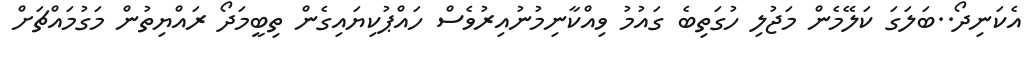
އެކަނިދޯ..ބަލަގަ ކަލޭމެން މަޖުލި ހުގަތިބެ ގައުމު ވިއްކާނިމުނުއިރުވެސް ހައްޕުކިޔައިގެން ތިބީމަދޯ ރައްޔިތުން މަގުމައްޗަށް